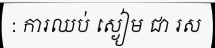
: ការឈប់ ស្ងៀម ជា រស